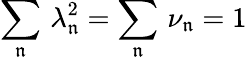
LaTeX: \sum_{\mathfrak{n}}\, \lambda_{\mathfrak{n}}^{2}=\sum_{\mathfrak{n}}\, \nu_{\mathfrak{n}}=1